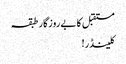
مستقبل کا بےروزگار طبقہ
کلینڈر!